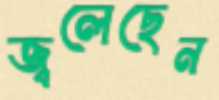
জ্বলেছেন